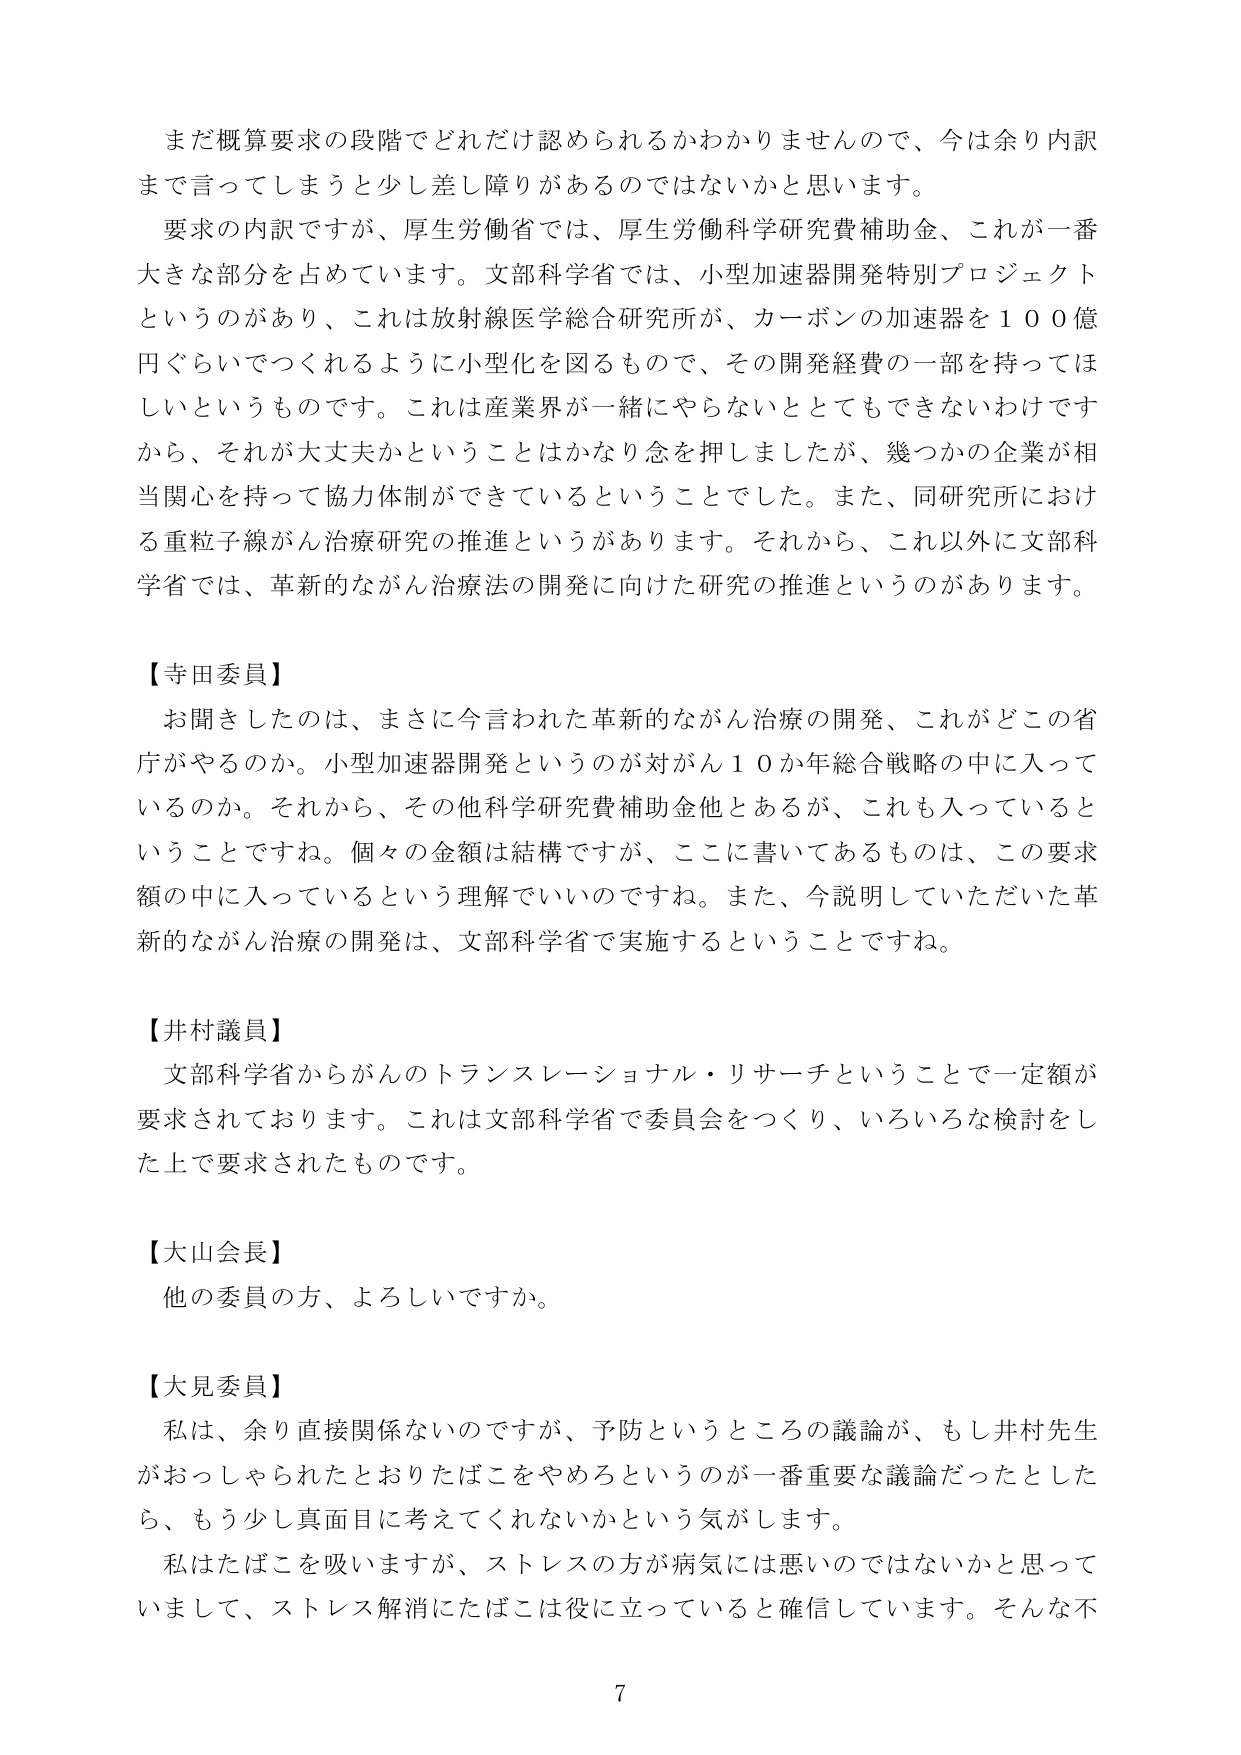
まだ概算要求の段階でどれだけ認められるかわかりませんので、今は余り内訳まで言ってしまうと少し差し障りがあるのではないかと思います。

要求の内訳ですが、厚生労働省では、厚生労働科学研究費補助金、これが一番大きな部分を占めています。文部科学省では、小型加速器開発特別プロジェクトというのがあり、これは放射線医学総合研究所が、カーボンの加速器を１００億円ぐらいでつくれるように小型化を図るもので、その開発経費の一部を持ってほしいというものです。これは産業界が一緒にやらないととてもできないわけですから、それが大丈夫かということはかなり念を押しましたが、幾つかの企業が相当関心を持って協力体制ができているということでした。また、同研究所における重粒子線がん治療研究の推進というがあります。それから、これ以外に文部科学省では、革新的ながん治療法の開発に向けた研究の推進というのがあります。

【寺田委員】
お聞きしたのは、まさに今言われた革新的ながん治療の開発、これがどこの省庁がやるのか。小型加速器開発というのが対がん１０か年総合戦略の中に入っているのか。それから、その他科学研究費補助金他とあるが、これも入っているということですね。個々の金額は結構ですが、ここに書いてあるものは、この要求額の中に入っているという理解でいいのですね。また、今説明していただいた革新的ながん治療の開発は、文部科学省で実施するということですね。

【井村議員】
文部科学省からがんのトランスレーショナル・リサーチということで一定額が要求されております。これは文部科学省で委員会をつくり、いろいろな検討をした上で要求されたものです。

【大山会長】
他の委員の方、よろしいですか。

【大見委員】
私は、余り直接関係ないのですが、予防というところの議論が、もし井村先生がおっしゃられたとおりたばこをやめろというのが一番重要な議論だったとしたら、もう少し真面目に考えてくれないかという気がします。
私はたばこを吸いますが、ストレスの方が病気には悪いのではないかと思っていまして、ストレス解消にたばこは役に立っていると確信しています。そんな不

7